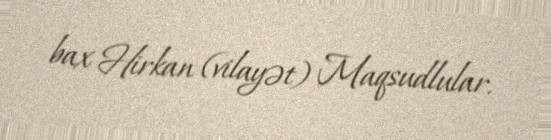
bax Hirkan (vilayət) Maqsudlular.